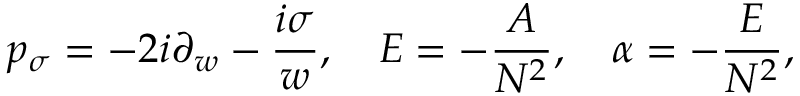
p _ { \sigma } = - 2 i \partial _ { w } - \frac { i \sigma } { w } , \quad { \cal E } = - \frac { A } { N ^ { 2 } } , \quad \alpha = - \frac { E } { N ^ { 2 } } ,